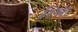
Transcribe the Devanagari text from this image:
रिश्रा